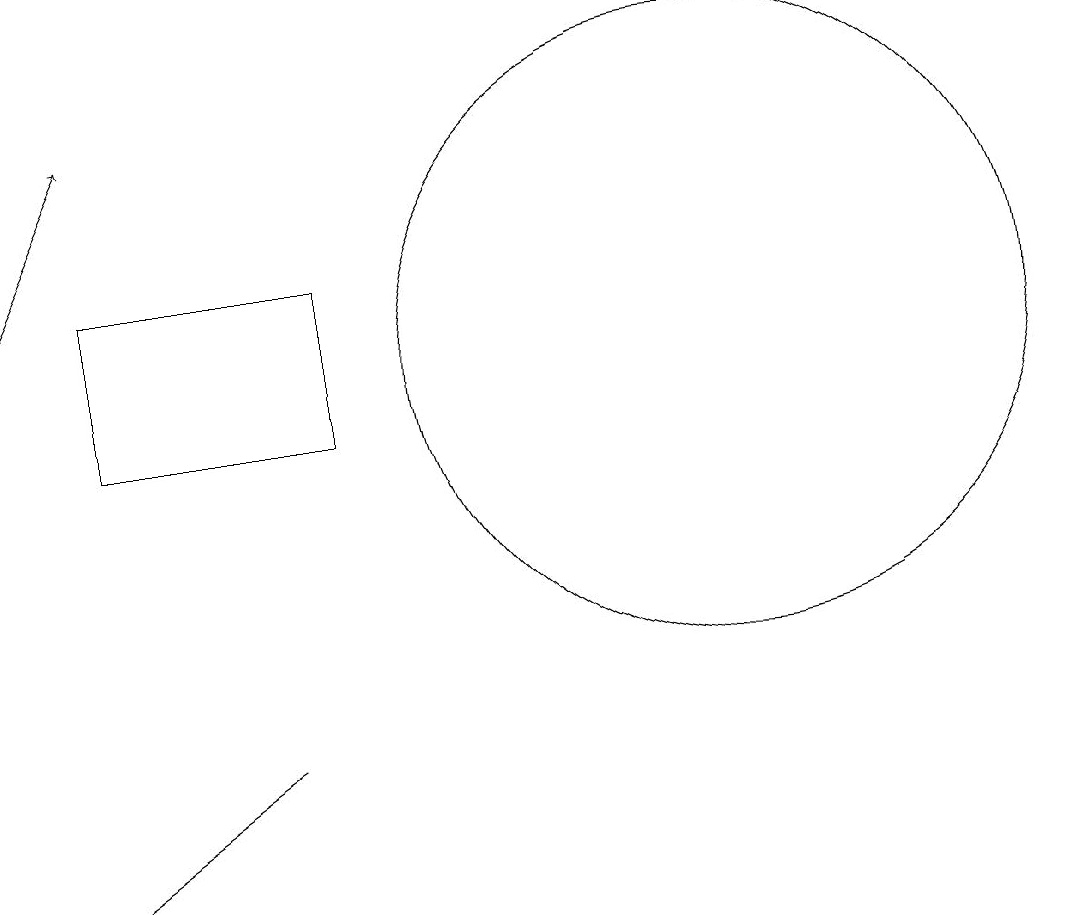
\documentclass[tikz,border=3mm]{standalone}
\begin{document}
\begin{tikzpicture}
\draw (5,12) rectangle (2,10);
\draw[->] (1,12) -- (2,14);
\draw (10,11) circle (4);
\draw (1,4) -- (4,6) -- (4,6) -- cycle;
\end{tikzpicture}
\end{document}